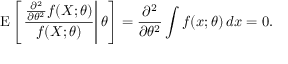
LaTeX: \operatorname { E } \left[ \left. { \frac { { \frac { \partial ^ { 2 } } { \partial \theta ^ { 2 } } } f ( X ; \theta ) } { f ( X ; \theta ) } } \right| \theta \right] = { \frac { \partial ^ { 2 } } { \partial \theta ^ { 2 } } } \int f ( x ; \theta ) \, d x = 0 .